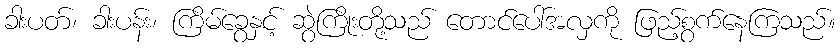
ခါးပတ်၊ ခါးပန်း၊ ကြိမ်ခွေနှင့် ဆွဲကြိုးတို့သည် တောင်ပေါ်အလှကို ဖြည့်စွက်နေကြသည်။